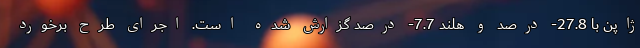
ژاپن با 27.8- درصد و هلند 7.7- درصد گزارش شده است. اجرای طرح برخورد